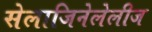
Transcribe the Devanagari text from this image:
सेलाजिनेलेलीज